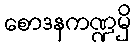
စောဒနကဏ္ဍမှိ